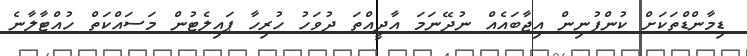
ޑިމާންޑްތަކަށް ކުންފުނިން އިޖާބައެއް ނުދޭނަމަ އާދީއްތަ ދުވަހު ހުރިހާ ޕައިލެޓުން މަސައްކަތް ހުއްޓާލާނެ